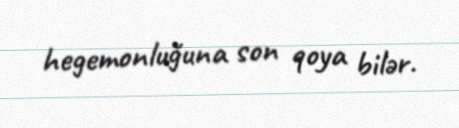
hegemonluğuna son qoya bilər.